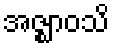
အဇ္ဈာဝသိ